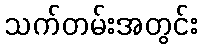
သက်တမ်းအတွင်း